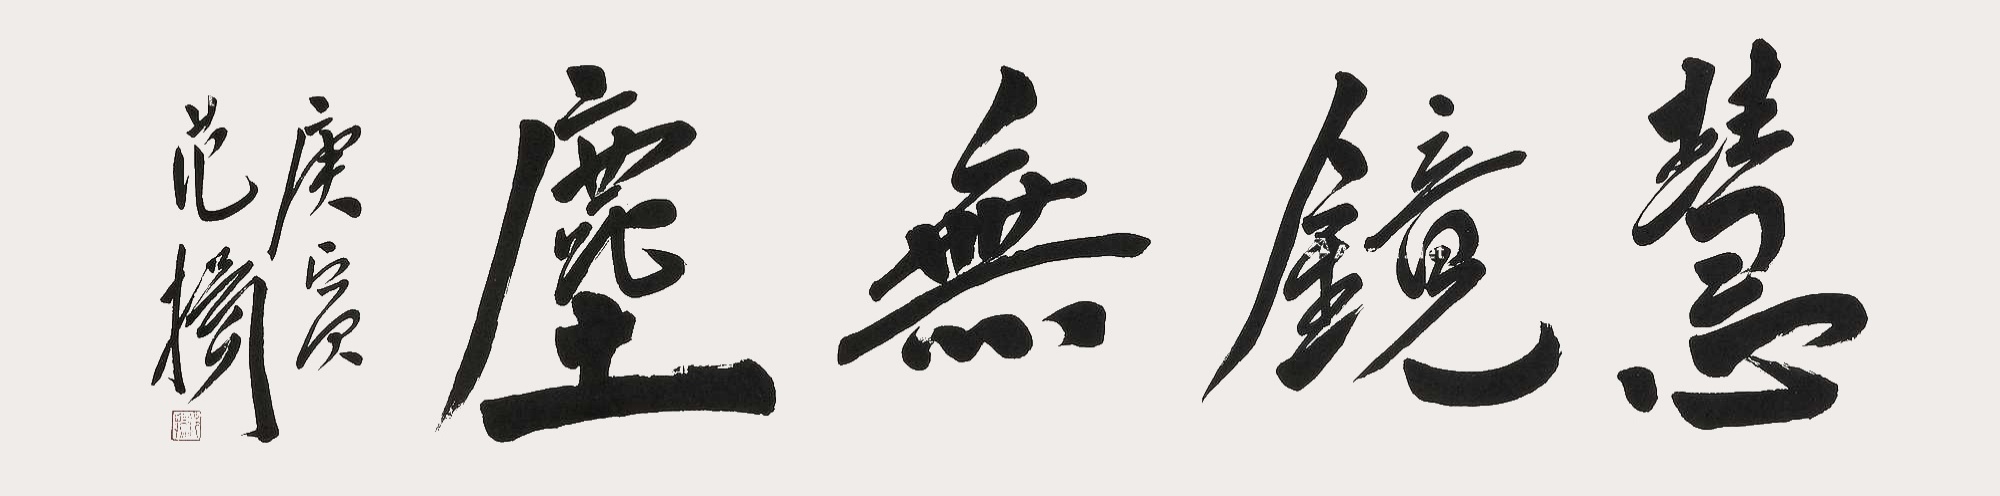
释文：慧镜无尘，庚寅范扬。